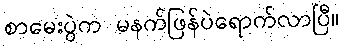
စာမေးပွဲက မနက်ဖြန်ပဲရောက်လာပြီ။